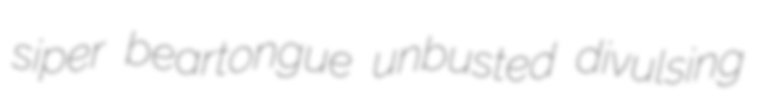
siper beartongue unbusted divulsing